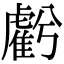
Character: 𧇾